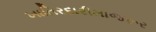
ખાતિરદારીમાજરૂર